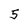
Character: 5